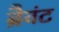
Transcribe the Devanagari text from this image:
ब्रैवंट